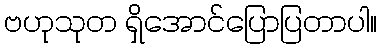
ဗဟုသုတ ရှိအောင်ပြောပြတာပါ။